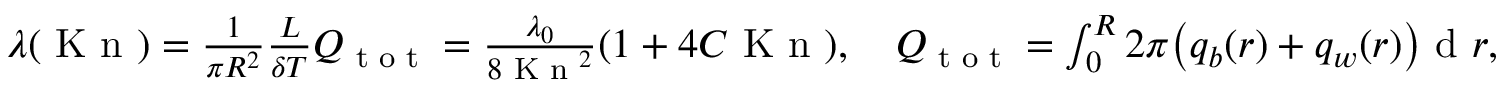
\begin{array} { r } { \lambda ( \textrm { K n } ) = \frac { 1 } { \pi R ^ { 2 } } \frac { L } { \delta T } Q _ { \textrm { t o t } } = \frac { \lambda _ { 0 } } { 8 \textrm { K n } ^ { 2 } } ( 1 + 4 C \textrm { K n } ) , \quad Q _ { \textrm { t o t } } = \int \displaylimits _ { 0 } ^ { R } 2 \pi \big ( q _ { b } ( r ) + q _ { w } ( r ) \big ) \textrm { d } r , } \end{array}